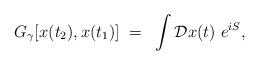
\begin{align*}G_\gamma [x(t_2), x(t_1)] ~=~ \int {\cal D} x(t) \,\,e^{iS},\end{align*}